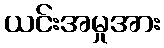
ယင်းအမှုအား